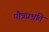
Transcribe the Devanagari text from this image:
पौत्रप्रभ्रति